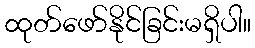
ထုတ်ဖော်နိုင်ခြင်းမရှိပါ။